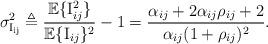
LaTeX: \begin{align*}\sigma_\mathrm{I_{ij}}^2 \triangleq \frac{\mathbb{E}\{\mathrm{I}_{ij}^2\}}{\mathbb{E}\{\mathrm{I}_{ij}\}^2}-1 = \frac{\alpha_{ij}+2\alpha_{ij}\rho_{ij}+2}{\alpha_{ij}(1+\rho_{ij})^2}.\end{align*}